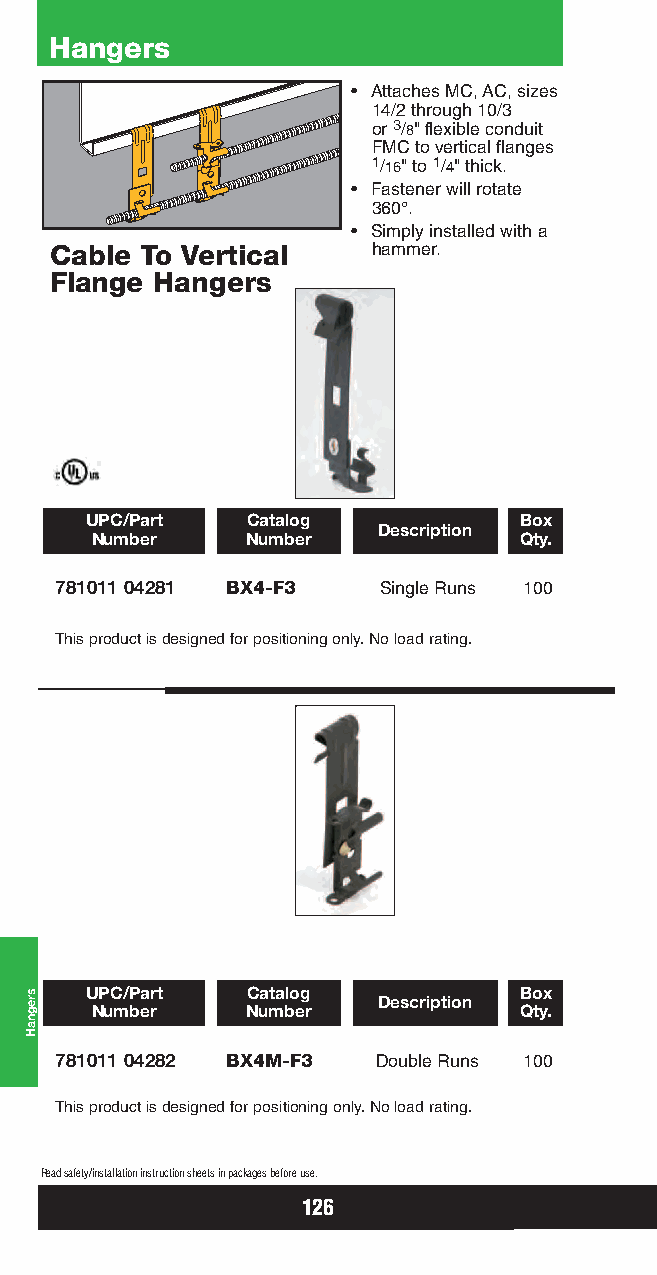
Hangers
 • Attaches MC, AC, sizes
 14/2 through 10/3
 or 3/8" flexible conduit
 FMC to vertical flanges
 1/16" to 1/4" thick.
 • Fastener will rotate
 360°.
 • Simply installed with a
 Cable To Vertical     hammer.
 Flange Hangers
 UPC/Part  Catalog           Box
 Description
 Number    Number            Qty.
 781011 04281 BX4-F3  Single Runs 100
 This product is designed for positioning only. No load rating.
 UPC/Part  Catalog           Box Description
 Number    Number            Qty.
 781011 04282 BX4M-F3 Double Runs 100
 This product is designed for positioning only. No load rating.
 Read safety/installation instruction sheets in packages before use.
 126
 sregnaH